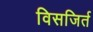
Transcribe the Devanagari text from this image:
विसजिर्त